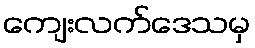
ကျေးလက်ဒေသမှ